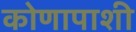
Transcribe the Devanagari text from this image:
कोणापाशी